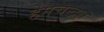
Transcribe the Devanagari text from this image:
हेमचन्द्रः।